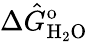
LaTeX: \Delta\hat{G}_{\mathrm{H_{2}O}}^{\mathrm{o}}